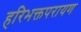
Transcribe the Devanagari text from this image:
हरिभक्तपरायण